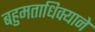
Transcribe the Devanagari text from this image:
बहुमताधिक्याने